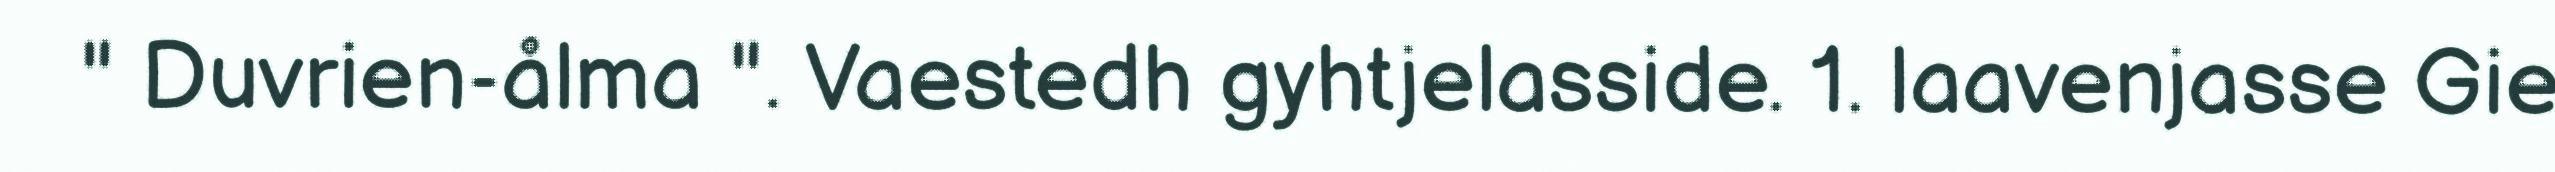
" Duvrien-ålma ". Vaestedh gyhtjelasside. 1. laavenjasse Gie